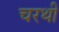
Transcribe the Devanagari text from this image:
चरथी